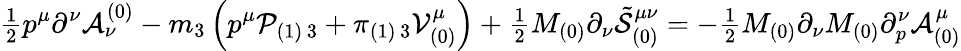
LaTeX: {\textstyle{\frac{1}{2}}}p^{\mu}\partial^{\nu}{\cal A}_{\nu}^{(0)}-m_{3}\left(p^{\mu}{\cal P}_{(1)\, 3}+\pi_{(1)\, 3}{\cal V}_{(0)}^{\mu}\right)+{\textstyle{\frac{1}{2}}}M_{(0)}\partial_{\nu}{\tilde{\cal S}}_{(0)}^{\mu\nu}=-{\textstyle{\frac{1}{2}}}M_{(0)}\partial_{\nu}M_{(0)}\partial_{p}^{\nu}{\cal A}_{(0)}^{\mu}